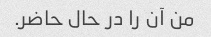
من آن را در حال حاضر.